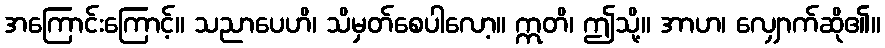
အကြောင်းကြောင့်။ သညာပေဟိ၊ သိမှတ်စေပါလော့။ ဣတိ၊ ဤသို့။ အာဟ၊ လျှောက်ဆို၏။